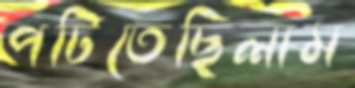
পটিতেছিলাম